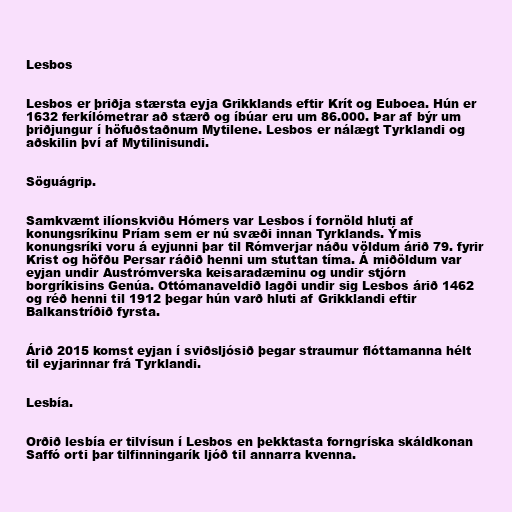
Lesbos

Lesbos er þriðja stærsta eyja Grikklands eftir Krít og Euboea. Hún er
1632 ferkílómetrar að stærð og íbúar eru um 86.000. Þar af býr um
þriðjungur í höfuðstaðnum Mytilene. Lesbos er nálægt Tyrklandi og
aðskilin því af Mytilinisundi.

Söguágrip.

Samkvæmt ilíonskviðu Hómers var Lesbos í fornöld hluti af
konungsríkinu Príam sem er nú svæði innan Tyrklands. Ýmis
konungsríki voru á eyjunni þar til Rómverjar náðu völdum árið 79. fyrir
Krist og höfðu Persar ráðið henni um stuttan tíma. Á miðöldum var
eyjan undir Austrómverska keisaradæminu og undir stjórn
borgríkisins Genúa. Ottómanaveldið lagði undir sig Lesbos árið 1462
og réð henni til 1912 þegar hún varð hluti af Grikklandi eftir
Balkanstríðið fyrsta.

Árið 2015 komst eyjan í sviðsljósið þegar straumur flóttamanna hélt
til eyjarinnar frá Tyrklandi.

Lesbía.

Orðið lesbía er tilvísun í Lesbos en þekktasta forngríska skáldkonan
Saffó orti þar tilfinningarík ljóð til annarra kvenna.